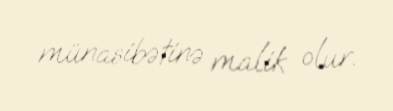
münasibətinə malik olur.